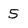
Character: 5